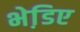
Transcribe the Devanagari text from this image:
भेडि़ए